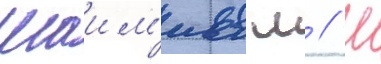
Шаим'иев м // Ш